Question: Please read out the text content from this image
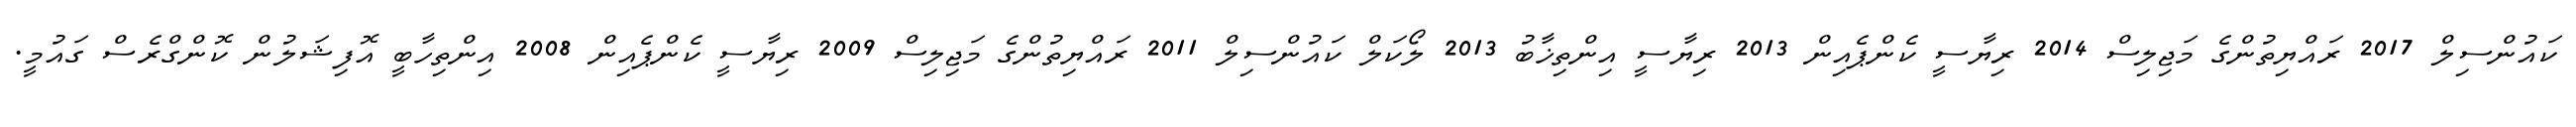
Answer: ކައުންސިލް 2017 ރައްޔިތުންގެ މަޖިލިސް 2014 ރިޔާސީ ކެންޕެއިން 2013 ރިޔާސީ އިންތިޚާބު 2013 ލޯކަލް ކައުންސިލް 2011 ރައްޔިތުންގެ މަޖިލިސް 2009 ރިޔާސީ ކެންޕެއިން 2008 އިންތިހާބީ އޮފިޝަލުން ކޮންގްރެސް ގައުމީ.